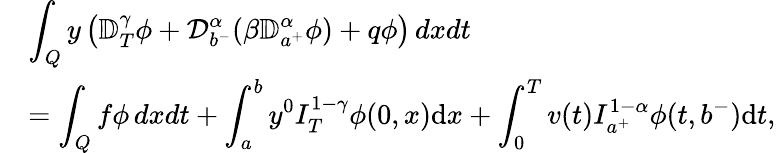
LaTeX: \begin{array}{ll}&{\displaystyle\int_{Q}y\left({\mathbb D}_{T}^{\gamma}\phi+{\mathcal D}_{b^{-}}^{\alpha}(\beta{\mathbb D}_{a^{+}}^{\alpha}\phi)+q\phi\right)\, dxdt}\\ &{=\displaystyle\int_{Q}f\phi\, dxdt+\int_{a}^{b}y^{0}I_{T}^{1-\gamma}\phi(0,x)\mathrm{d}x+\int_{0}^{T}v(t)I_{a^{+}}^{1-\alpha}\phi(t,b^{-})\mathrm{d}t,}\end{array}